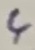
Text: 4